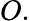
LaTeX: O.